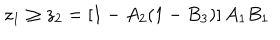
z _ { 1 } \geq z _ { 2 } = \left[ 1 - A _ { 2 } ( 1 - B _ { 3 } ) \right] A _ { 1 } B _ { 1 }